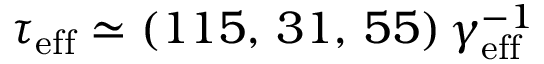
\tau _ { \mathrm { e f f } } \simeq ( 1 1 5 , \, 3 1 , \, 5 5 ) \, \gamma _ { \mathrm { e f f } } ^ { - 1 }